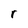
Character: r